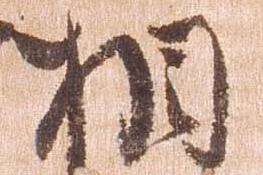
相